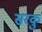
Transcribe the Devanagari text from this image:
सरकु